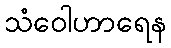
သံဝေါဟာရေန